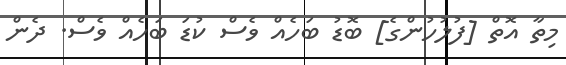
މިތާ އޮތް [ފުލުހުންގެ] ބޮޑު ބަހެއް ވެސް ކުޑަ ބަހެއް ވެސް. ދެން